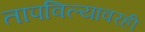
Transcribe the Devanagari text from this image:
तापविल्यावरही